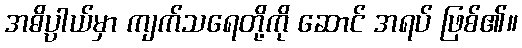
အဓိပ္ပါယ်မှာ ကျက်သရေတို့ကို ဆောင် အရပ် ဖြစ်၏။